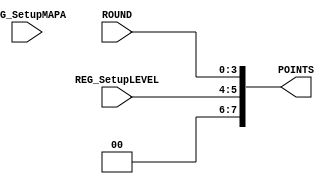
module logica
(
	REG_SetupLEVEL,
	ROUND,
	REG_SetupMAPA,
	POINTS
);

input wire [1:0] REG_SetupLEVEL;
input wire [3:0] ROUND;
input wire [1:0] REG_SetupMAPA;

output wire [7:0] POINTS;

assign POINTS = {REG_SetupLEVEL, ROUND};
 
endmodule